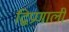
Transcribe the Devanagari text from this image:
द्विप्रणाली